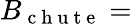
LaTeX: B_{\mathrm{~c~h~u~t~e~}}=